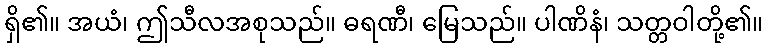
ရှိ၏။ အယံ၊ ဤသီလအစုသည်။ ဓရဏီ၊ မြေသည်။ ပါဏိနံ၊ သတ္တဝါတို့၏။